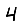
Digit: 4